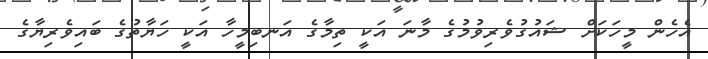
އެހެން މީހަކަށް ޝައުގުވެރިވުމުގެ މާނަ އަކީ ތިމާގެ އަނބިމީހާ އަކީ ހަޔާތުގެ ބައިވެރިޔާގެ